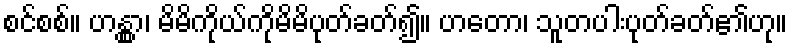
စင်စစ်။ ဟန္တွာ၊ မိမိကိုယ်ကိုမိမိပုတ်ခတ်၍။ ဟတော၊ သူတပါးပုတ်ခတ်၏ဟု။